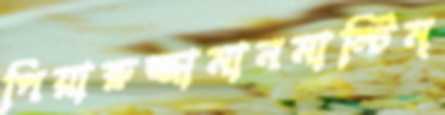
পিয়ারুজ্জামানমাল্টিম্